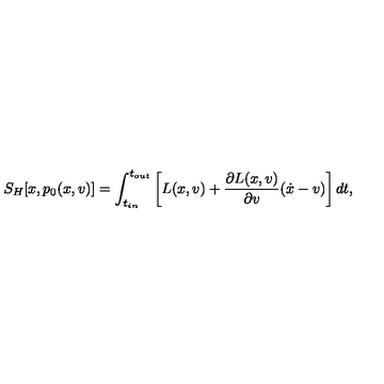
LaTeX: S _ { H } [ x , p _ { 0 } ( x , v ) ] = \int _ { t _ { i n } } ^ { t _ { o u t } } \left[ L ( x , v ) + \frac { \partial L ( x , v ) } { \partial v } ( \dot { x } - v ) \right] d t ,